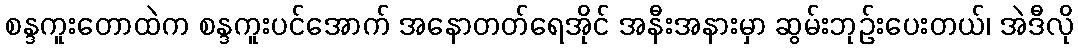
စန္ဒကူးတောထဲက စန္ဒကူးပင်အောက် အနောတတ်ရေအိုင် အနီးအနားမှာ ဆွမ်းဘုဉ်းပေးတယ်၊ အဲဒီလို